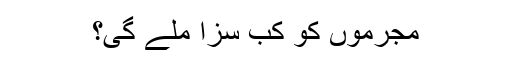
مجرموں کو کب سزا ملے گی؟